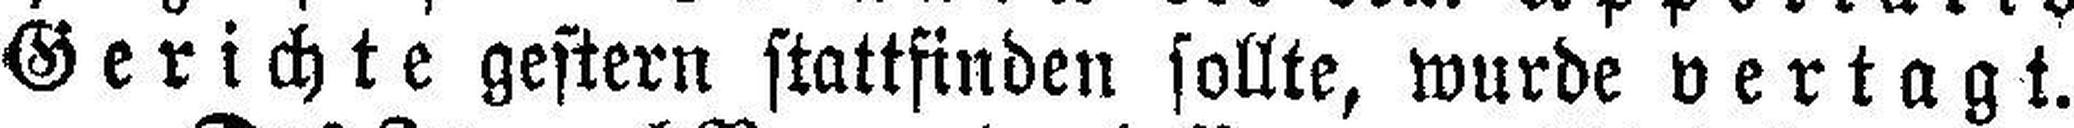
Gerichte gestern stattfinden sollte, wurde vertagt.